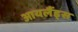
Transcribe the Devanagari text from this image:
आयलैंड्स